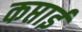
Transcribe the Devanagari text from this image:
कप्ताई